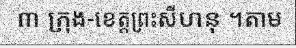
៣ ក្រុង-ខេត្តព្រះសីហនុ ។តាម